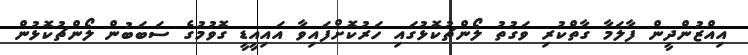
އިއްޒުންދީން ފާލަމާ ގާތްކުރި ވަގުތު ލޯންޗުކޮޅުގައި ހަރުކޮށްފައިވާ އައިއީޑީ ގޮވުމުގެ ސަބަބުން ލޯންޗުކޮޅުން